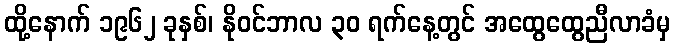
ထို့နောက် ၁၉၆၂ ခုနှစ်၊ နိုဝင်ဘာလ ၃၀ ရက်နေ့တွင် အထွေထွေညီလာခံမှ